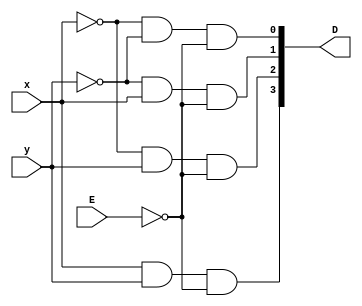
module Decoder24_GateLevel(x, y, E, D);
        
    input x, y, E;
    output [3:0] D;

    and(D[0], ~x, ~y, ~E);
    and(D[1], ~y, x, ~E);
    and(D[2], ~x, y, ~E );
    and(D[3], x, y, ~E);


endmodule
// Part a